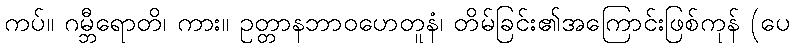
ကပ်။ ဂမ္ဘီရောတိ၊ ကား။ ဥတ္တာနဘာဝဟေတူနံ၊ တိမ်ခြင်း၏အကြောင်းဖြစ်ကုန် (ပေ